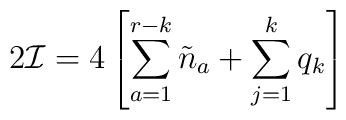
2{\cal I} = 4  \left [ \sum_{a=1}^{r-k} \tilde n_a              + \sum_{j=1}^k q_k  \right]